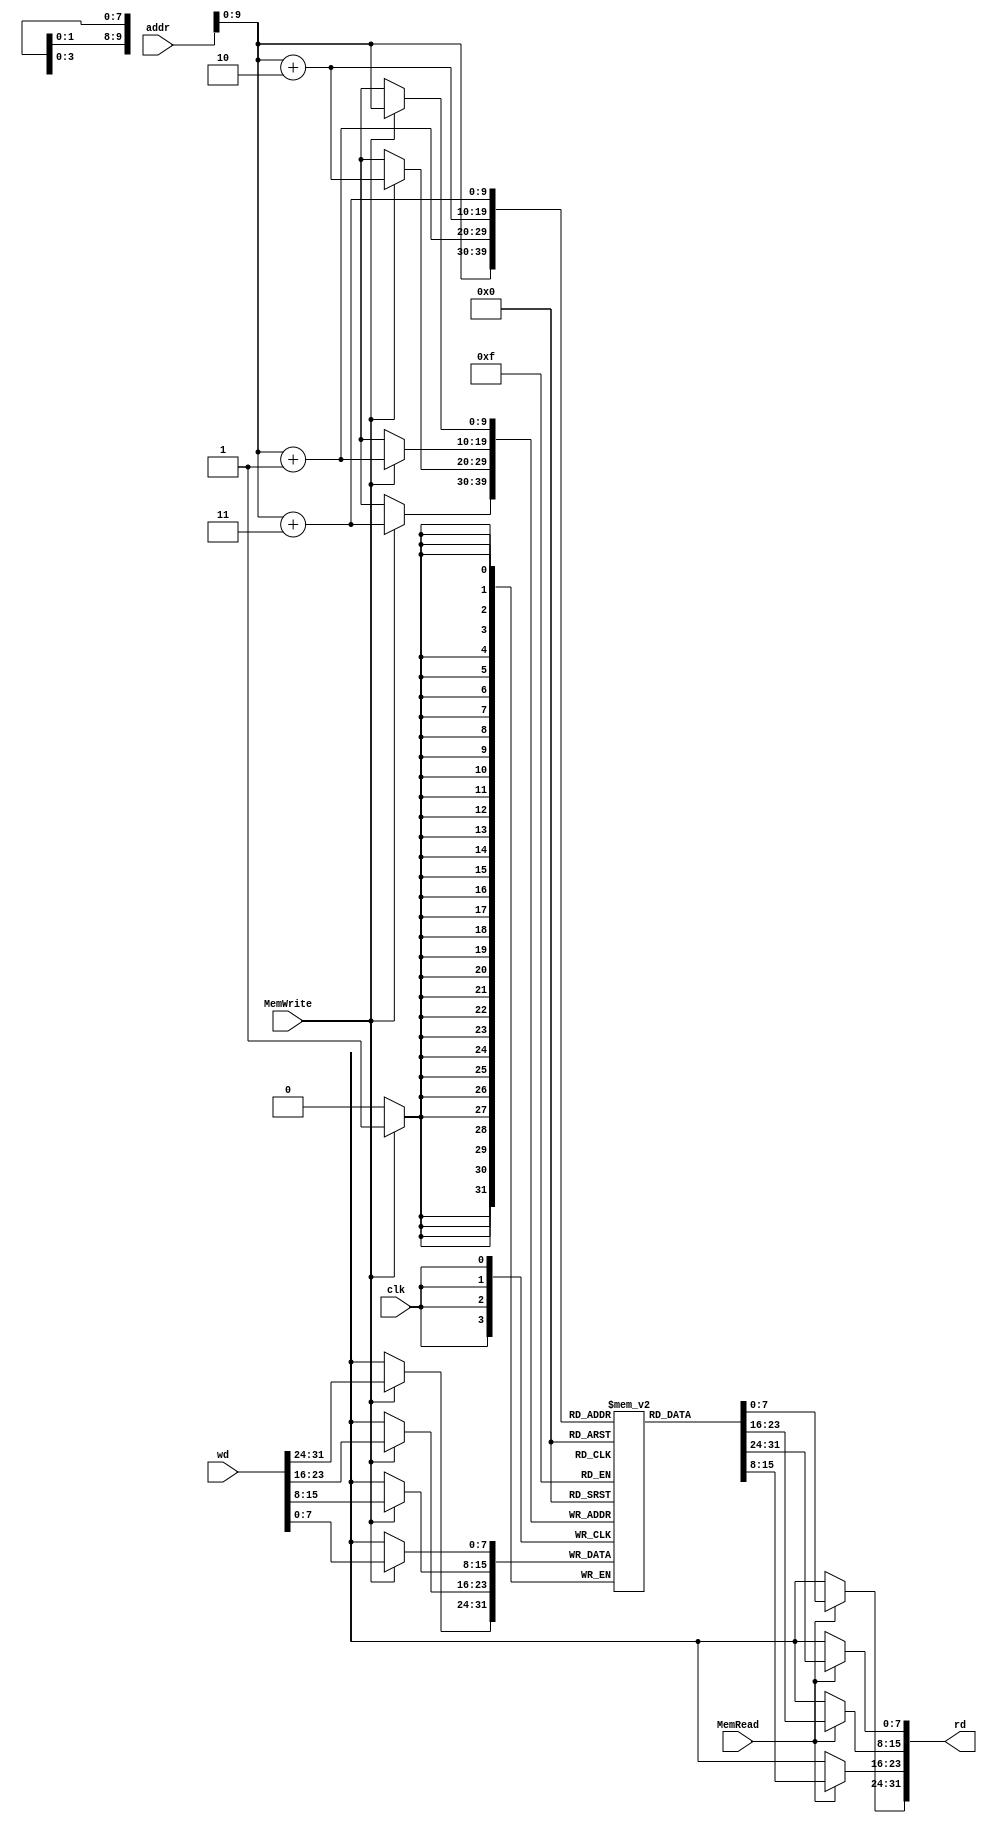
/*
	Title: Memory
	Author: Selene (Computer System and Architecture Lab, ICE, CYCU)
	
	Input Port
		1. clk
		2. MemRead: 
		3. MemWrite: 
		4. wd: 
		5. addr: 
	Output Port
		1. rd: 
*/
module memory( clk, MemRead, MemWrite, wd, addr, rd );
	input clk, MemRead, MemWrite;
	input[31:0] addr, wd;
	output[31:0] rd;
	reg[31:0] rd;
	
	// Memory size: 1KB.
	reg [7:0] mem_array [0:1023];
	
	//  
	always @( MemRead or mem_array[addr] or mem_array[addr+1] or 
			  mem_array[addr+2] or mem_array[addr+3] ) begin
		if ( MemRead == 1'b1 ) begin
			rd[7:0] = mem_array[addr];
			rd[15:8] = mem_array[addr+1];
			rd[23:16] = mem_array[addr+2];
			rd[31:24] = mem_array[addr+3];
			$display( "%d, reading data: Mem[%d] => %d", $time/10, addr, rd );
		end
		else rd = 32'hxxxxxxxx;
	end
	
	// 
	always @( posedge clk ) begin
		if ( MemWrite == 1'b1 ) begin
			$display( "%d, writing data: Mem[%d] <= %d", $time/10, addr, wd );
			mem_array[addr] <= wd[7:0];
			mem_array[addr+1] <= wd[15:8];
			mem_array[addr+2] <= wd[23:16];
			mem_array[addr+3] <= wd[31:24];
		end
	end
	
endmodule